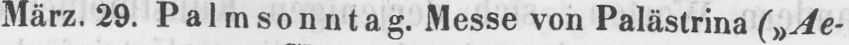
März. 29. Palmsonntag. Messe von Palästrina (»Ae-